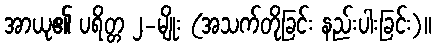
အာယု၏ ပရိတ္တ ၂-မျိုး (အသက်တိုခြင်း နည်းပါးခြင်း)။